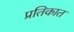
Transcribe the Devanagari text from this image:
प्रतिकात